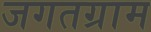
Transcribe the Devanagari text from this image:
जगतग्राम